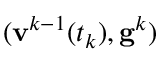
( \mathbf { v } ^ { k - 1 } ( t _ { k } ) , \mathbf { g } ^ { k } )